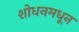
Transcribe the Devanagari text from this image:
शोधनमधून